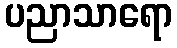
ပညာသာရော